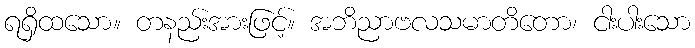
ရရှိထသော။ တနည်းအားဖြင့်။ အဘိညာဗလသမာတိတော၊ ငါးပါးသော